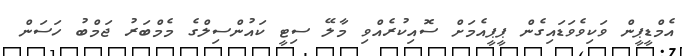
އެމްޑީޕީން ވަކިވެވަޑައިގެން ޕީޕީއެމަށް ސޮއިކުރެއްވި މާލޭ ސިޓީ ކައުންސިލްގެ މެމްބަރު ޖަމްބު ހަސަން